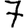
Digit: 7